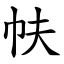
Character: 㠸